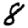
Digit: 8